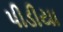
પીડીયા